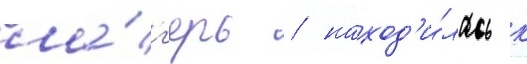
ла́г'ерь / наход'и́лась к